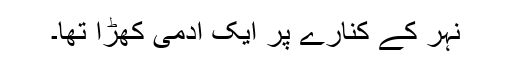
نہر کے کنارے پر ایک آدمی کھڑا تھا۔